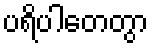
ပရိပါတေတွာ